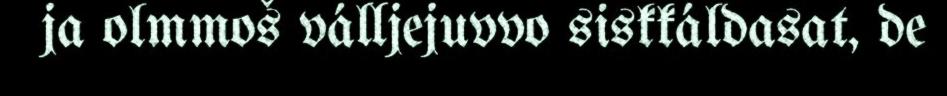
ja olmmoš válljejuvvo siskkáldasat, de